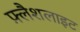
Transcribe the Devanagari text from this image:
फ़्लैशलाइट